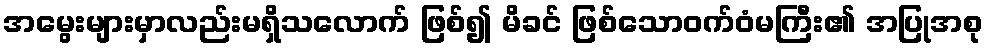
အမွေးများမှာလည်းမရှိသလောက် ဖြစ်၍ မိခင် ဖြစ်သောဝက်ဝံမကြီး၏ အပြုအစု